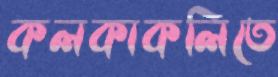
কলকাকলিতে